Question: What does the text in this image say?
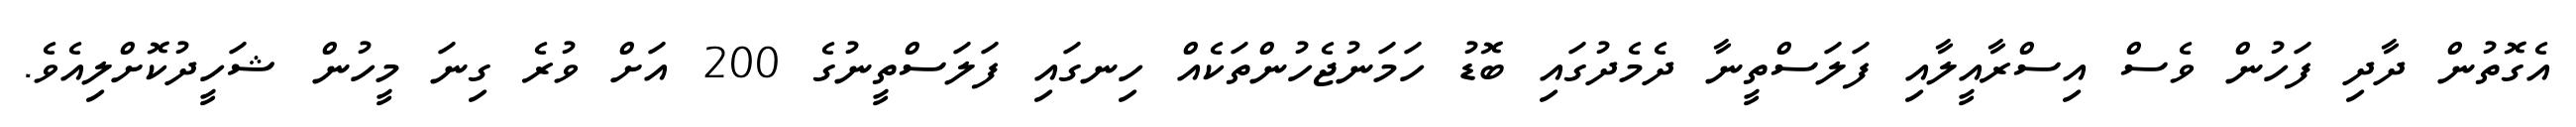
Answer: އެގޮތުން ދާދި ފަހުން ވެސް އިސްރާއީލާއި ފަލަސްތީނާ ދެމެދުގައި ބޮޑު ހަމަނުޖެހުންތަކެއް ހިނގައި ފަލަސްތީނުގެ 200 އަށް ވުރެ ގިނަ މީހުން ޝަހީދުކޮށްލިއެވެ.